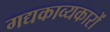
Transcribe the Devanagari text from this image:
गद्यकाव्यकारों